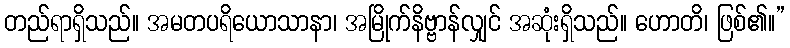
တည်ရာရှိသည်။ အမတပရိယောသာနာ၊ အမြိုက်နိဗ္ဗာန်လျှင် အဆုံးရှိသည်။ ဟောတိ၊ ဖြစ်၏။”